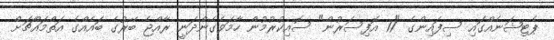
ޕެޓިޝަނެއްގައި ސިފައިންގެ "17 އޮފިސަރުން" ސޮއިކުރުމުން ހާމަވެގެންދަނީ ރާއްޖެ ބޭރުގެ ބައެއްގެ އަތްމައްޗަށް